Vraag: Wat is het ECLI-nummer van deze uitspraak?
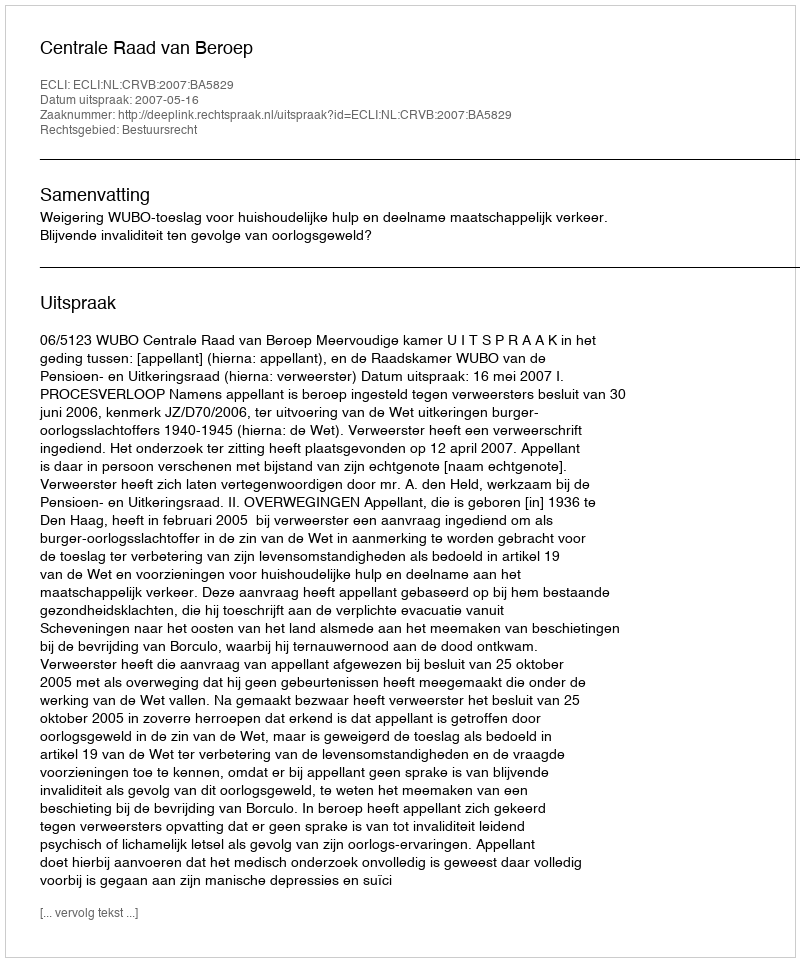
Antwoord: ECLI:NL:CRVB:2007:BA5829